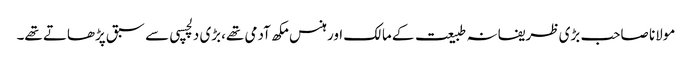
مولانا صاحب بڑی ظریفانہ طبیعت کے مالک اور ہنس مکھ آدمی تھے،بڑی دلچسپی سے سبق پڑھاتے تھے۔